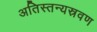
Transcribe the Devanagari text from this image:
अतिस्तन्यस्रवण